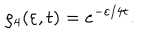
\varrho _ { 4 } ( \varepsilon , t ) = e ^ { - \varepsilon / 4 t } \nonumber .